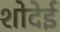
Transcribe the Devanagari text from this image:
शोदेई